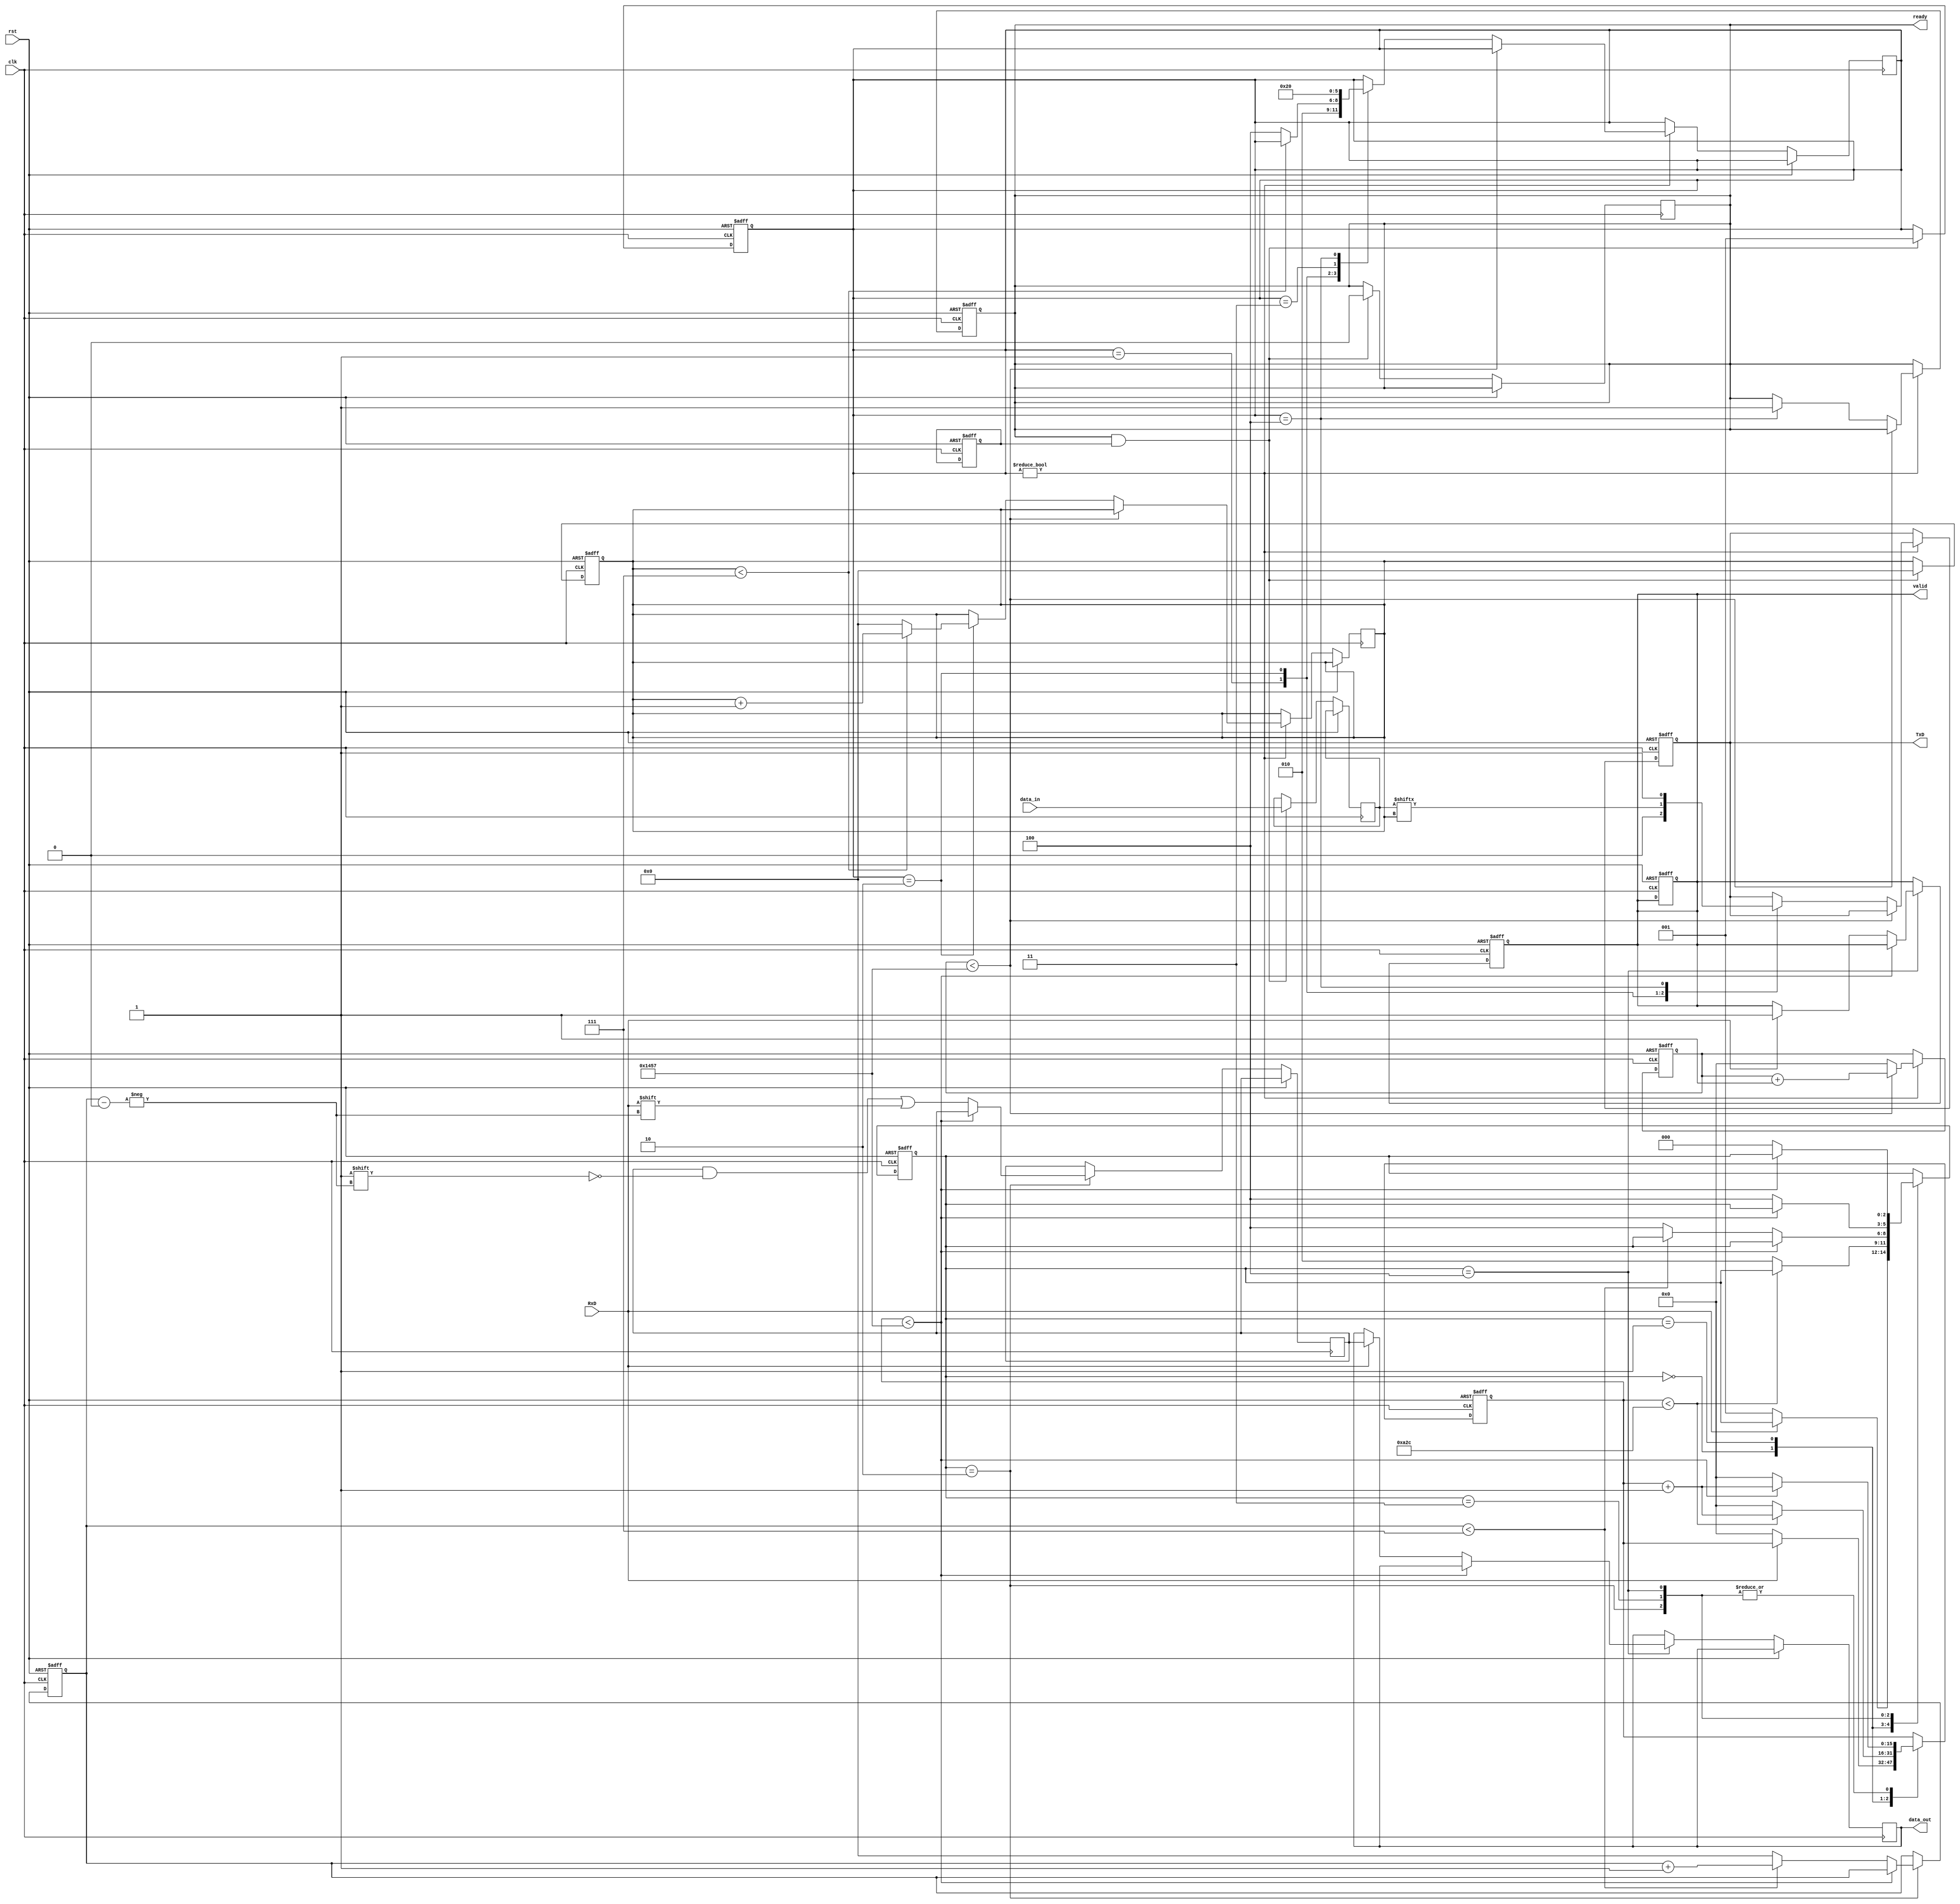
module parameterized_uart #(
    parameter BAUD_RATE = 9600,
    parameter DATA_BITS = 8,
    parameter STOP_BITS = 1,
    parameter PARITY = "NONE"  // Options: "NONE", "EVEN", "ODD"
)(
    input wire clk,
    input wire rst,
    input wire RxD,
    output reg TxD,
    input wire [DATA_BITS-1:0] data_in,
    output reg [DATA_BITS-1:0] data_out,
    output reg valid,
    output reg ready
);

// Internal parameters
localparam BAUD_RATE_DIV = 50000000 / BAUD_RATE; // Assuming a 50MHz clock
localparam TOTAL_BITS = DATA_BITS + STOP_BITS + (PARITY != "NONE" ? 1 : 0);

// Transmitter States
localparam TX_IDLE = 0, TX_START = 1, TX_DATA = 2, TX_PARITY = 3, TX_STOP = 4;
reg [2:0] tx_state;
reg [3:0] tx_bit_count;
reg [15:0] tx_clk_count;
reg [DATA_BITS-1:0] tx_data_reg;
reg tx_start;

// Receiver States
localparam RX_IDLE = 0, RX_START = 1, RX_DATA = 2, RX_PARITY = 3, RX_STOP = 4;
reg [2:0] rx_state;
reg [3:0] rx_bit_count;
reg [15:0] rx_clk_count;
reg [DATA_BITS-1:0] rx_data_reg;
reg rx_ready;
reg parity_bit;

// Baud Rate Generator
always @(posedge clk or posedge rst) begin
    if (rst) begin
        tx_clk_count <= 0;
        ready <= 1;
        TxD <= 1; // Idle state is high
    end else begin
        if (tx_state != TX_IDLE) begin
            if (tx_clk_count < BAUD_RATE_DIV - 1) begin
                tx_clk_count <= tx_clk_count + 1;
            end else begin
                tx_clk_count <= 0;
                case (tx_state)
                    TX_START: begin
                        TxD <= 0; // Start bit
                        tx_state <= TX_DATA;
                    end
                    TX_DATA: begin
                        TxD <= tx_data_reg[tx_bit_count]; // Send data bit
                        if (tx_bit_count < DATA_BITS - 1)
                            tx_bit_count <= tx_bit_count + 1;
                        else begin
                            tx_bit_count <= 0;
                            if (PARITY != "NONE") begin
                                tx_state <= TX_PARITY;
                            end else begin
                                tx_state <= TX_STOP;
                            end
                        end
                    end
                    TX_PARITY: begin
                        if (PARITY == "EVEN")
                            TxD <= ~^tx_data_reg; // Even parity
                        else if (PARITY == "ODD")
                            TxD <= ^tx_data_reg; // Odd parity
                        tx_state <= TX_STOP;
                    end
                    TX_STOP: begin
                        TxD <= 1; // Stop bit
                        tx_state <= TX_IDLE;
                        ready <= 1; // Ready for new data
                    end
                endcase
            end
        end
    end
end

// Transmitter Control Logic
always @(posedge clk or posedge rst) begin
    if (rst) begin
        tx_state <= TX_IDLE;
        tx_bit_count <= 0;
        valid <= 0;
        tx_start <= 0;
    end else begin
        if (ready && tx_start) begin
            tx_data_reg <= data_in;
            tx_state <= TX_START;
            ready <= 0; // Not ready until transmission is done
            tx_bit_count <= 0;
        end
    end
end

// Receiver Control Logic
always @(posedge clk or posedge rst) begin
    if (rst) begin
        rx_state <= RX_IDLE;
        rx_bit_count <= 0;
        rx_clk_count <= 0;
        valid <= 0;
        rx_ready <= 0;
    end else begin
        case (rx_state)
            RX_IDLE: begin
                if (!RxD) begin // Start bit detected
                    rx_clk_count <= 0;
                    rx_state <= RX_START;
                end
            end
            RX_START: begin
                if (rx_clk_count < BAUD_RATE_DIV / 2) begin
                    rx_clk_count <= rx_clk_count + 1;
                end else begin
                    rx_clk_count <= 0;
                    rx_state <= RX_DATA;
                end
            end
            RX_DATA: begin
                if (rx_clk_count < BAUD_RATE_DIV - 1) begin
                    rx_clk_count <= rx_clk_count + 1;
                end else begin
                    rx_clk_count <= 0;
                    rx_data_reg[rx_bit_count] <= RxD;
                    if (rx_bit_count < DATA_BITS - 1) begin
                        rx_bit_count <= rx_bit_count + 1;
                    end else begin
                        rx_bit_count <= 0;
                        if (PARITY != "NONE") begin
                            rx_state <= RX_PARITY;
                        end else begin
                            rx_state <= RX_STOP;
                        end
                    end
                end
            end
            RX_PARITY: begin
                if (rx_clk_count < BAUD_RATE_DIV - 1) begin
                    rx_clk_count <= rx_clk_count + 1;
                end else begin
                    rx_clk_count <= 0;
                    parity_bit <= RxD;
                    // Check parity
                    if ((PARITY == "EVEN" && parity_bit != ~^rx_data_reg) ||
                        (PARITY == "ODD" && parity_bit != ^rx_data_reg)) begin
                        // Parity error
                        valid <= 0; // Error detected
                    end
                    rx_state <= RX_STOP;
                end
            end
            RX_STOP: begin
                if (rx_clk_count < BAUD_RATE_DIV - 1) begin
                    rx_clk_count <= rx_clk_count + 1;
                end else begin
                    rx_clk_count <= 0;
                    if (RxD) begin // Check stop bit
                        data_out <= rx_data_reg;
                        valid <= 1; // Valid data received
                    end
                    rx_state <= RX_IDLE;
                end
            end
        endcase
    end
end

endmodule